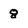
Character: 8